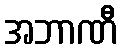
အဘာဏီ